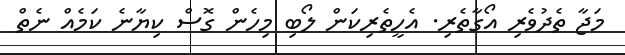
މަޖާ ތެދުވެރި އޯގާތެރި. އެހީތެރިކަން ލޯބި މިހެން ގޮސް ކިޔާނެ ކަމެއް ނެތް